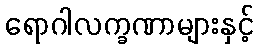
ရောဂါလက္ခဏာများနှင့်